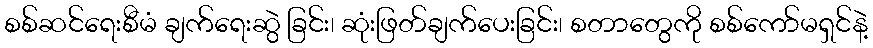
စစ်ဆင်ရေးစီမံ ချက်ရေးဆွဲ ခြင်း၊ ဆုံးဖြတ်ချက်ပေးခြင်း၊ စတာတွေကို စစ်ကော်မရှင်နဲ့